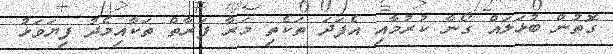
ގޮތުން ބުޅަލައް ގޯނާ ކުރުމާއި އެފަދަ ތަކެތި މަރާ ފަރާތް ތަކާއިމެދު ފިޔަވަޅު